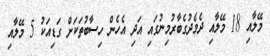
މޭލާއި 18 މޭލާއި ދެމެދުގެބާރުމިނުގައި އަދި އެހެން ހިސާބުތަކަށް ގަޑިއަކު 5 މޭލާއި